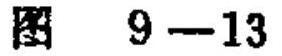
图 \(9 - 13\)